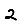
Digit: 2